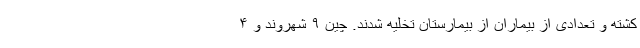
کشته و تعدادی از بیماران از بیمارستان تخلیه شدند. چین ۹ شهروند و ۴